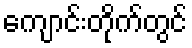
ကျောင်းတိုက်တွင်